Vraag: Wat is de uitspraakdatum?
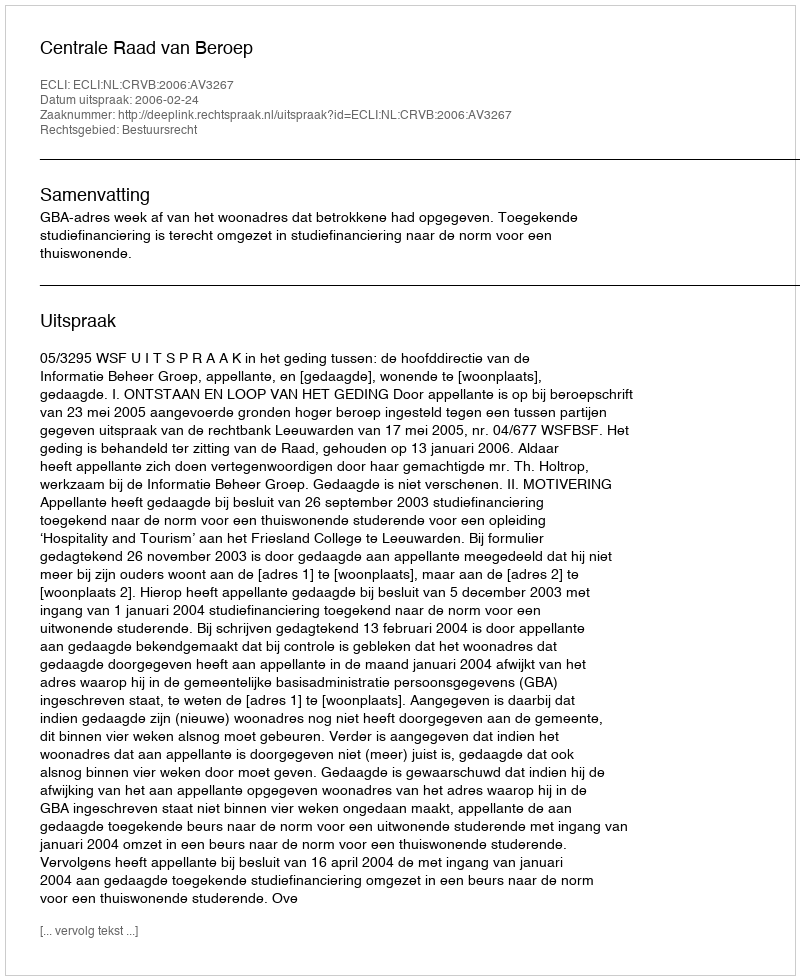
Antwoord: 2006-02-24